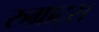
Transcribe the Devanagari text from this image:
रुग्राट्स